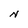
Character: N